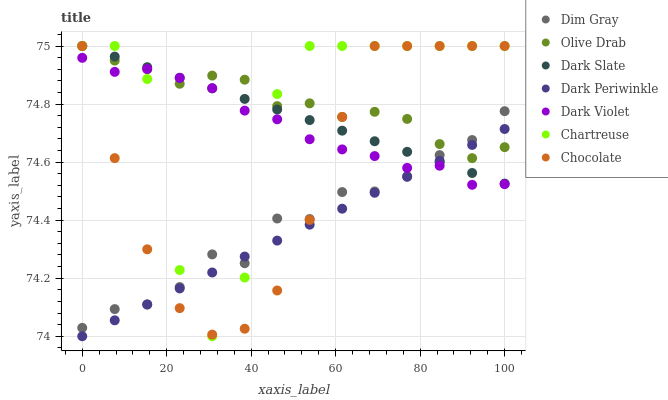
| xaxis_label | Dim Gray | Olive Drab | Dark Slate | Dark Periwinkle | Dark Violet | Chartreuse | Chocolate |
 | --- | --- | --- | --- | --- | --- | --- | --- |
 | 0 | 74 | 75 | 75 | 74 | 75 | 75 | 75 |
 | 7.69 | 74.1 | 74.9 | 75 | 74.1 | 74.9 | 75 | 74.6 |
 | 15.4 | 74.1 | 74.9 | 74.9 | 74.1 | 74.9 | 74.9 | 74.3 |
 | 23.1 | 74.2 | 74.9 | 74.9 | 74.2 | 74.9 | 74.2 | 74.1 |
 | 30.8 | 74.3 | 74.9 | 74.9 | 74.2 | 74.9 | 74 | 74 |
 | 38.5 | 74.3 | 74.9 | 74.8 | 74.3 | 74.8 | 74.2 | 74 |
 | 46.2 | 74.4 | 74.8 | 74.8 | 74.3 | 74.7 | 74.8 | 74.2 |
 | 53.8 | 74.4 | 74.8 | 74.7 | 74.4 | 74.7 | 75 | 74.4 |
 | 61.5 | 74.5 | 74.8 | 74.7 | 74.4 | 74.6 | 75 | 74.8 |
 | 69.2 | 74.5 | 74.8 | 74.7 | 74.5 | 74.6 | 75 | 75 |
 | 76.9 | 74.6 | 74.7 | 74.6 | 74.5 | 74.6 | 75 | 75 |
 | 84.6 | 74.6 | 74.7 | 74.6 | 74.6 | 74.6 | 75 | 75 |
 | 92.3 | 74.7 | 74.6 | 74.6 | 74.7 | 74.5 | 75 | 75 |
 | 100 | 74.8 | 74.7 | 74.5 | 74.7 | 74.5 | 75 | 75 |